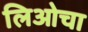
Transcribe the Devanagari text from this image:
लिओचा